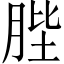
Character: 䏶